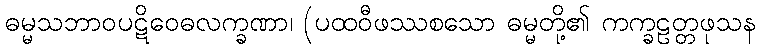
ဓမ္မသဘာဝပဋိဝေဓလက္ခဏာ၊ (ပထဝီဖဿစသော ဓမ္မတို့၏ ကက္ခဠတ္တဖုသန